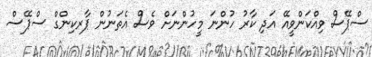
ސްޕޭސް ވިއްކަންވީއޭ އަދި ކާރު ހުންނަ މީހުންނަށް ވެސް އެތަނުން ޕާރކިންގް ސްޕޭސް